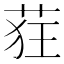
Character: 𫈃